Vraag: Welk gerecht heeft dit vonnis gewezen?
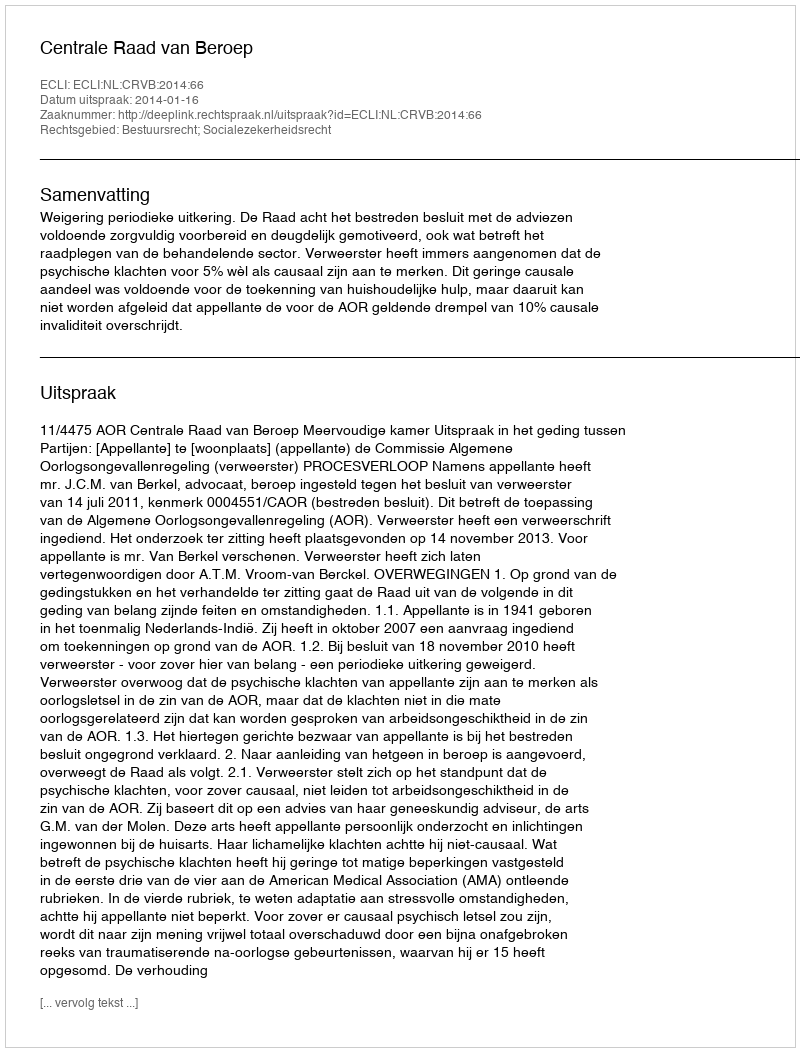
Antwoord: Centrale Raad van Beroep